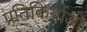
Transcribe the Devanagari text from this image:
प्रतिकिर्याओं